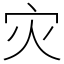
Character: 灾